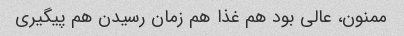
ممنون، عالی بود هم غذا هم زمان رسیدن هم پیگیری